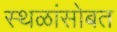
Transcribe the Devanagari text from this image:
स्थळांसोबत